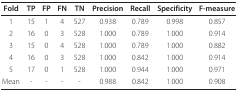
| Fold | TP | FP | FN | TN | Precision | Recall | Specificity | F-measure |
 | --- | --- | --- | --- | --- | --- | --- | --- | --- |
 | 1 | 15 | 1 | 4 | 527 | 0.938 | 0.789 | 0.998 | 0.857 |
 | 2 | 16 | 0 | 3 | 528 | 1.000 | 0.789 | 1.000 | 0.914 |
 | 3 | 15 | 0 | 4 | 528 | 1.000 | 0.789 | 1.000 | 0.882 |
 | 4 | 16 | 0 | 3 | 528 | 1.000 | 0.842 | 1.000 | 0.914 |
 | 5 | 17 | 0 | 1 | 528 | 1.000 | 0.944 | 1.000 | 0.971 |
 | Mean | - | - | - | - | 0.988 | 0.842 | 1.000 | 0.908 |